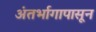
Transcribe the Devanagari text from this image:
अंतर्भागापासून